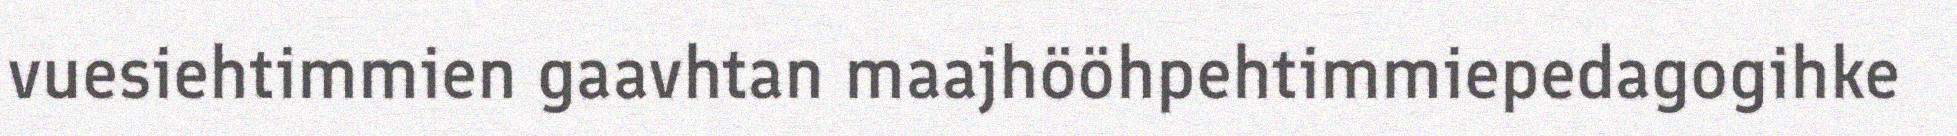
vuesiehtimmien gaavhtan maajhööhpehtimmiepedagogihke